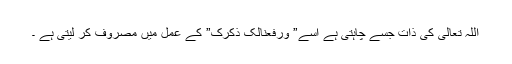
اللہ تعالی کی ذات جسے چاہتی ہے اسے” ورفعنالک ذکرک” کے عمل میں مصروف کر لیتی ہے ۔